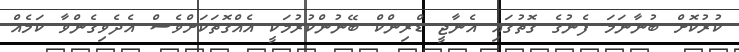
ކުރުކޮށް ބުނާނަމަ ފެނުގެ ގޮތުގައި އެނާޖީ ޑްރިންކް ބޭނުންކުރުމަކީ އެއްގޮތަކަށްވެސް އެދެވިގެންވާ ކަމެއް